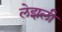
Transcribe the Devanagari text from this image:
लेझली